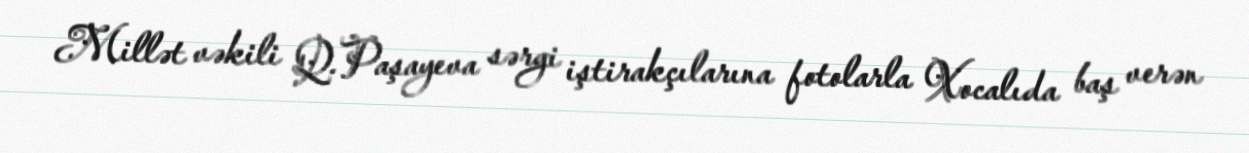
Millət vəkili Q.Paşayeva sərgi iştirakçılarına fotolarla Xocalıda baş verən